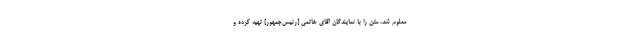
معلوم شد، متن را با نمایندگان آقاى خاتمى [رئیس‌جمهور] تهیه كرده و